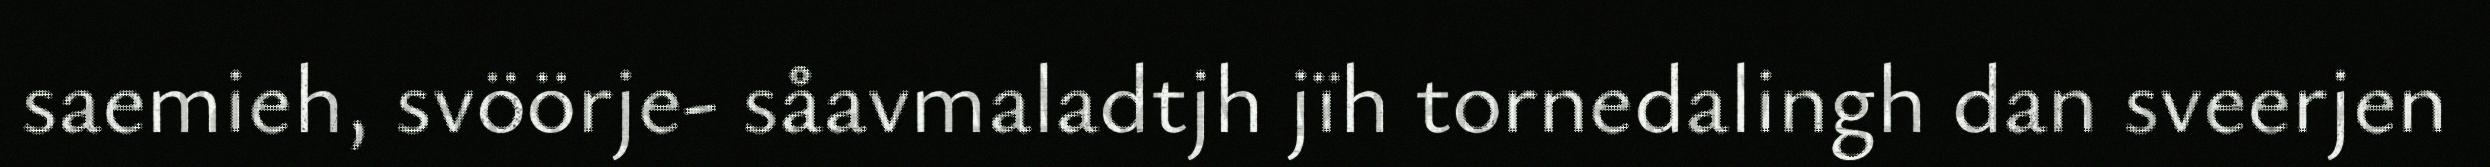
saemieh, svöörje- såavmaladtjh jïh tornedalingh dan sveerjen